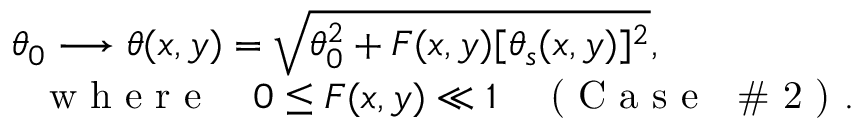
\begin{array} { r } { \theta _ { 0 } \longrightarrow \theta ( x , y ) = \sqrt { \theta _ { 0 } ^ { 2 } + F ( x , y ) [ \theta _ { s } ( x , y ) ] ^ { 2 } } , \quad \quad \quad \quad \quad } \\ { \quad \quad \quad \quad \textrm { w h e r e } \quad 0 \le F ( x , y ) \ll 1 \quad \textrm { ( C a s e ~ \# 2 ) } . } \end{array}